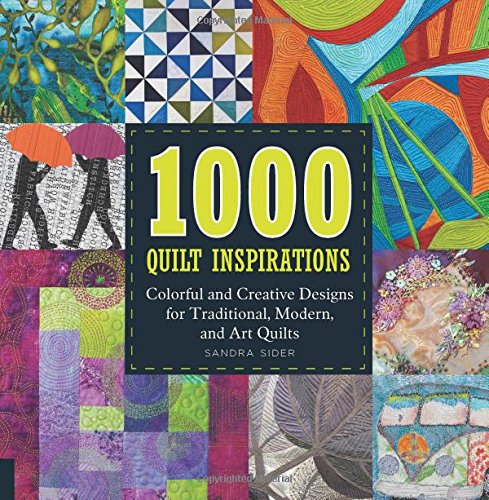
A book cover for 1000 Quilt Inspirations: Colorful and Creative Designs for Traditional, Modern, and Art Quilts; Sandra Sider; Arts & Photography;